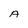
Character: A